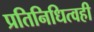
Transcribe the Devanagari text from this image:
प्रतिनिधित्वही